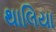
થાલિયા